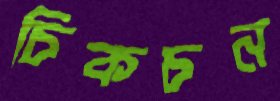
চিকচন